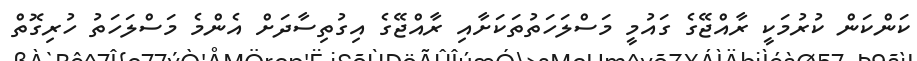
ކަންކަން ކުރުމަކީ ރާއްޖޭގެ ގައުމީ މަސްލަހަތުތަކަށާއި ރާއްޖޭގެ އިގުތިސާދަށް އެންމެ މަސްލަހަތު ހުރިގޮތް